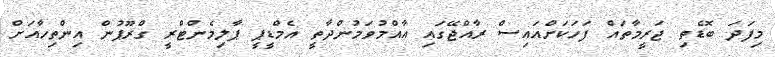
މިފަދަ ބޮޑެތި ޖަރީމާތައް ފަހަކަށްއައިސް ރާއްޖޭގައި އާއްމުވަމުންދާތީ އެމްޑީޕީ ޕާލިމެންޓްރީ ގްރޫޕުން އިންތިހާއަށް